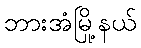
ဘားအံမြို့နယ်